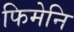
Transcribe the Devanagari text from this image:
फिमेनि